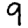
Digit: 9